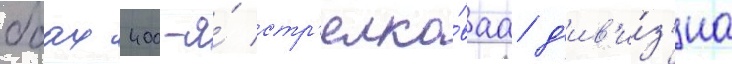
боах 400-я́ стр'елко́ваа д'ив'и́з'иа